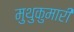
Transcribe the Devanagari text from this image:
मुथुकुमारी